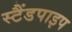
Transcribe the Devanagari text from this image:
स्टैंडपाइप